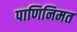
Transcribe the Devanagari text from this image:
पाणिनिमत